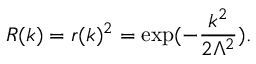
R ( k ) = r ( k ) ^ { 2 } = \exp ( - \frac { k ^ { 2 } } { 2 \Lambda ^ { 2 } } ) .